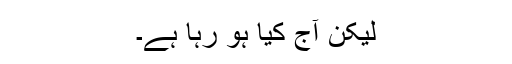
لیکن آج کیا ہو رہا ہے۔